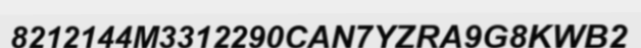
8212144M3312290CAN7YZRA9G8KWB2